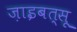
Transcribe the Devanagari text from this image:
ज़ाइबत्सू